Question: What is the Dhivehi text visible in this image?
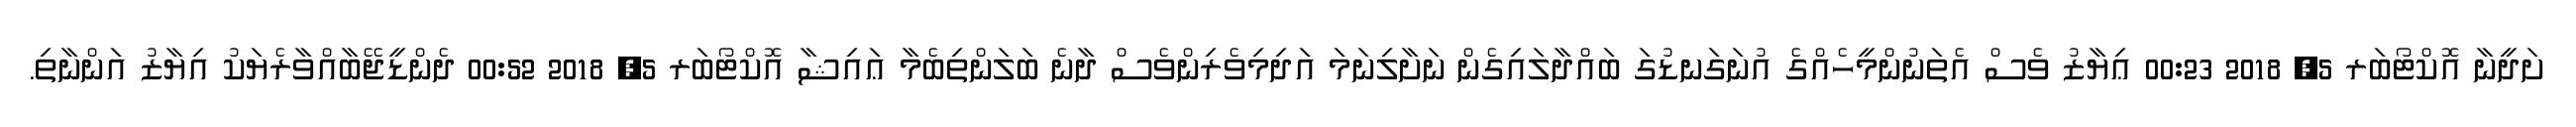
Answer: ށަދީނާ އޮކްޓޯބަރ 5, 2018 00:23 ޢިޔާޒު ވެސް އެތަނުންމީހެއްގެ އުނަގަނޑުގަ ބައްދާލައިގެން ނަށާލިނަމަ އަދިމިވެރިންވެސް ދާނެ ބަލަންތިބެމާ ޢައިޝާ އޮކްޓޯބަރ 5, 2018 00:52 ދެންޑީޖޭބާއްވާރެޔަކު އިޔާޒު އަންނާތި.